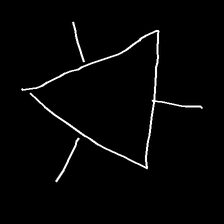
Glyph: fire